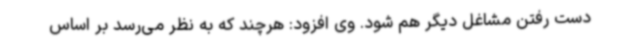
دست رفتن مشاغل دیگر هم شود. وی افزود: هرچند که به نظر می‌رسد بر اساس